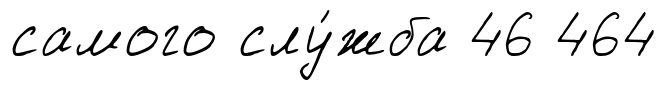
самого слу́жба 46 464